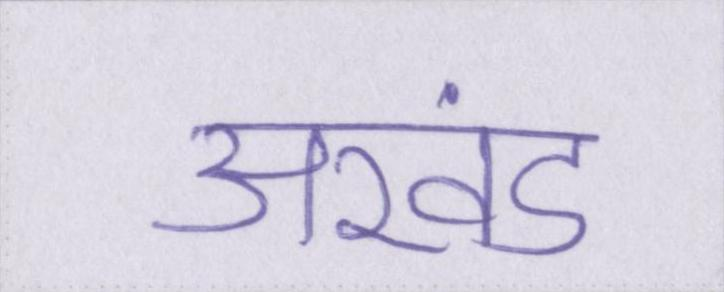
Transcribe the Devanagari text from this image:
अखंड